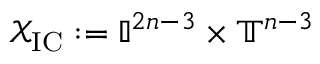
\mathcal { X } _ { \mathrm { I C } } : = \mathbb { I } ^ { 2 n - 3 } \times \mathbb { T } ^ { n - 3 }